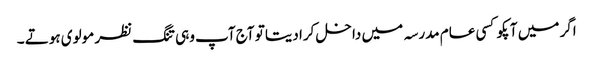
اگر میں آپکو کسی عام مدرسہ میں داخل کرا دیتا تو آج آپ وہی تنگ نظر مولوی ہوتے ۔